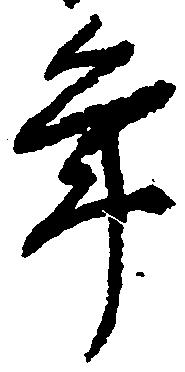
年